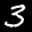
Label: 3